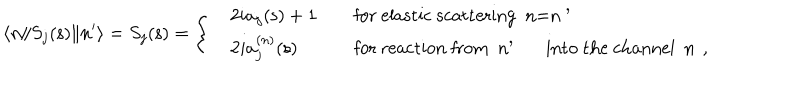
\langle n \| S _ { j } ( { \mathsf s } ) \| n ^ { \prime } \rangle = S _ { j } ( { \mathsf s } ) = \left\{ \begin{array} { l l l } { { } } & { { 2 i a _ { j } ( { \mathsf s } ) + 1 \quad } } & { { \mathrm { f o r ~ e l a s t i c ~ s c a t t e r i n g ~ n = n ~ ^ { \prime } ~ } } } \\ { { } } & { { 2 i a _ { j } ^ { ( n ) } ( { \mathsf s } ) \quad } } & { { \mathrm { f o r ~ r e a c t i o n ~ f r o m ~ n ^ { \prime } ~ i n t o ~ t h e ~ c h a n n e l ~ n ~ } \, , } } \\ \end{array} \right.